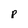
Character: p